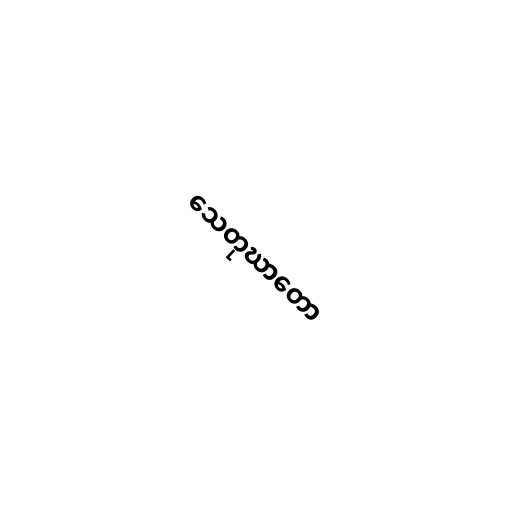
သေတုဃာတော